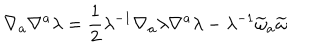
\nabla _ { a } \nabla ^ { a } \lambda = \frac { 1 } { 2 } \lambda ^ { - 1 } \nabla _ { a } \lambda \nabla ^ { a } \lambda - \lambda ^ { - 1 } \widetilde { \omega } _ { a } \widetilde { \omega }